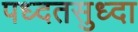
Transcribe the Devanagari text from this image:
पध्दतसुध्दा